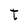
Character: t